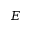
E